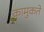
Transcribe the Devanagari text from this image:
कामुकते